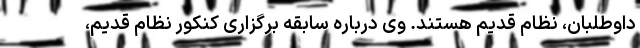
داوطلبان، نظام قدیم هستند. وی درباره سابقه برگزاری کنکور نظام قدیم،